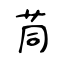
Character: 茼